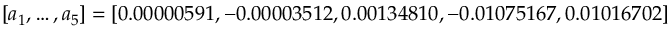
[ a _ { 1 } , \dots , a _ { 5 } ] = [ 0 . 0 0 0 0 0 5 9 1 , - 0 . 0 0 0 0 3 5 1 2 , 0 . 0 0 1 3 4 8 1 0 , - 0 . 0 1 0 7 5 1 6 7 , 0 . 0 1 0 1 6 7 0 2 ]